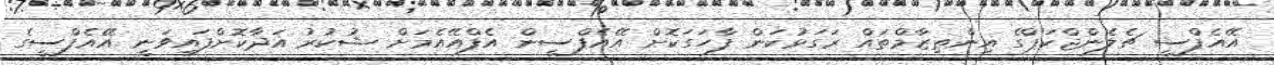
އޭއެފްސީ ޗެލެންޖްކަޕްގެ އިންތިޒާމްތައް ރަގަޅުކަން ފާހަގަކޮށް އޭއެފްސީން އެފްއޭއެމަށް ޝުކުރު އަދާކޮށްފައިވަނީ އޭއެފްސީގެ